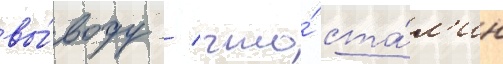
вы́воду / что́ ста́л'ин